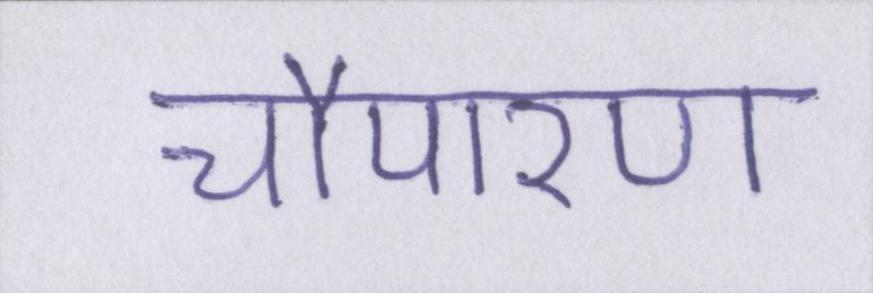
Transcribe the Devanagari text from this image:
चौपारण